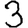
Digit: 3